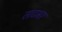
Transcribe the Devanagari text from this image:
ताटभर